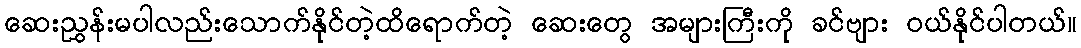
ဆေးညွှန်းမပါလည်းသောက်နိုင်တဲ့ထိရောက်တဲ့ ဆေးတွေ အများကြီးကို ခင်ဗျား ဝယ်နိုင်ပါတယ်။